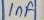
Text: 1µF